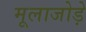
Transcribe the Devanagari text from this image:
मूलाजोड़े